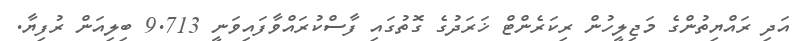
އަދި ރައްޔިތުންގެ މަޖިލީހުން ރިކަރެންޓް ޚަރަދުގެ ގޮތުގައި ފާސްކުރައްވާފައިވަނީ 9.713 ބިލިއަން ރުފިޔާ.